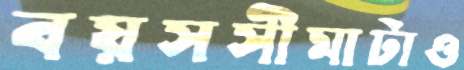
বয়সসীমাটাও